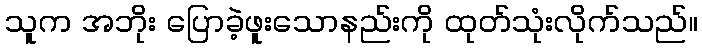
သူက အဘိုး ပြောခဲ့ဖူးသောနည်းကို ထုတ်သုံးလိုက်သည်။